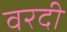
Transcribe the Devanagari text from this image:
वरदी